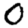
Digit: 0